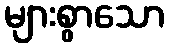
များစွာသော